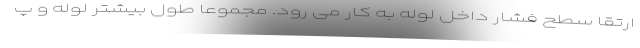
ارتقا سطح فشار داخل لوله به کار می رود. مجموعا طول بیشتر لوله و پ